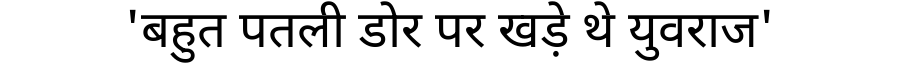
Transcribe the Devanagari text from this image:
'बहुत पतली डोर पर खड़े थे युवराज'